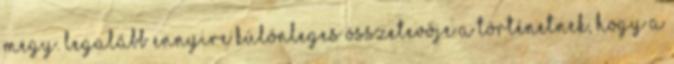
megy. Legalább ennyire különleges összetevője a történetnek, hogy a